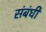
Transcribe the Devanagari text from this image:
संबंघी